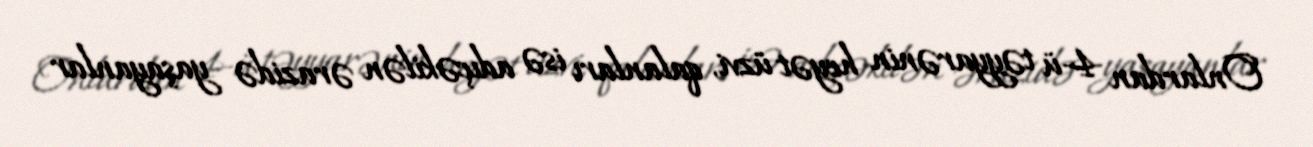
Onlardan 4-ü təyyarənin heyət üzvi, qalanları isə adıçəkilən ərazidə yaşayanlar